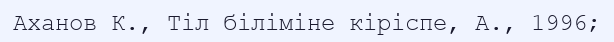
Аханов К., Тіл біліміне кіріспе, А., 1996;